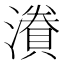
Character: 𭲷